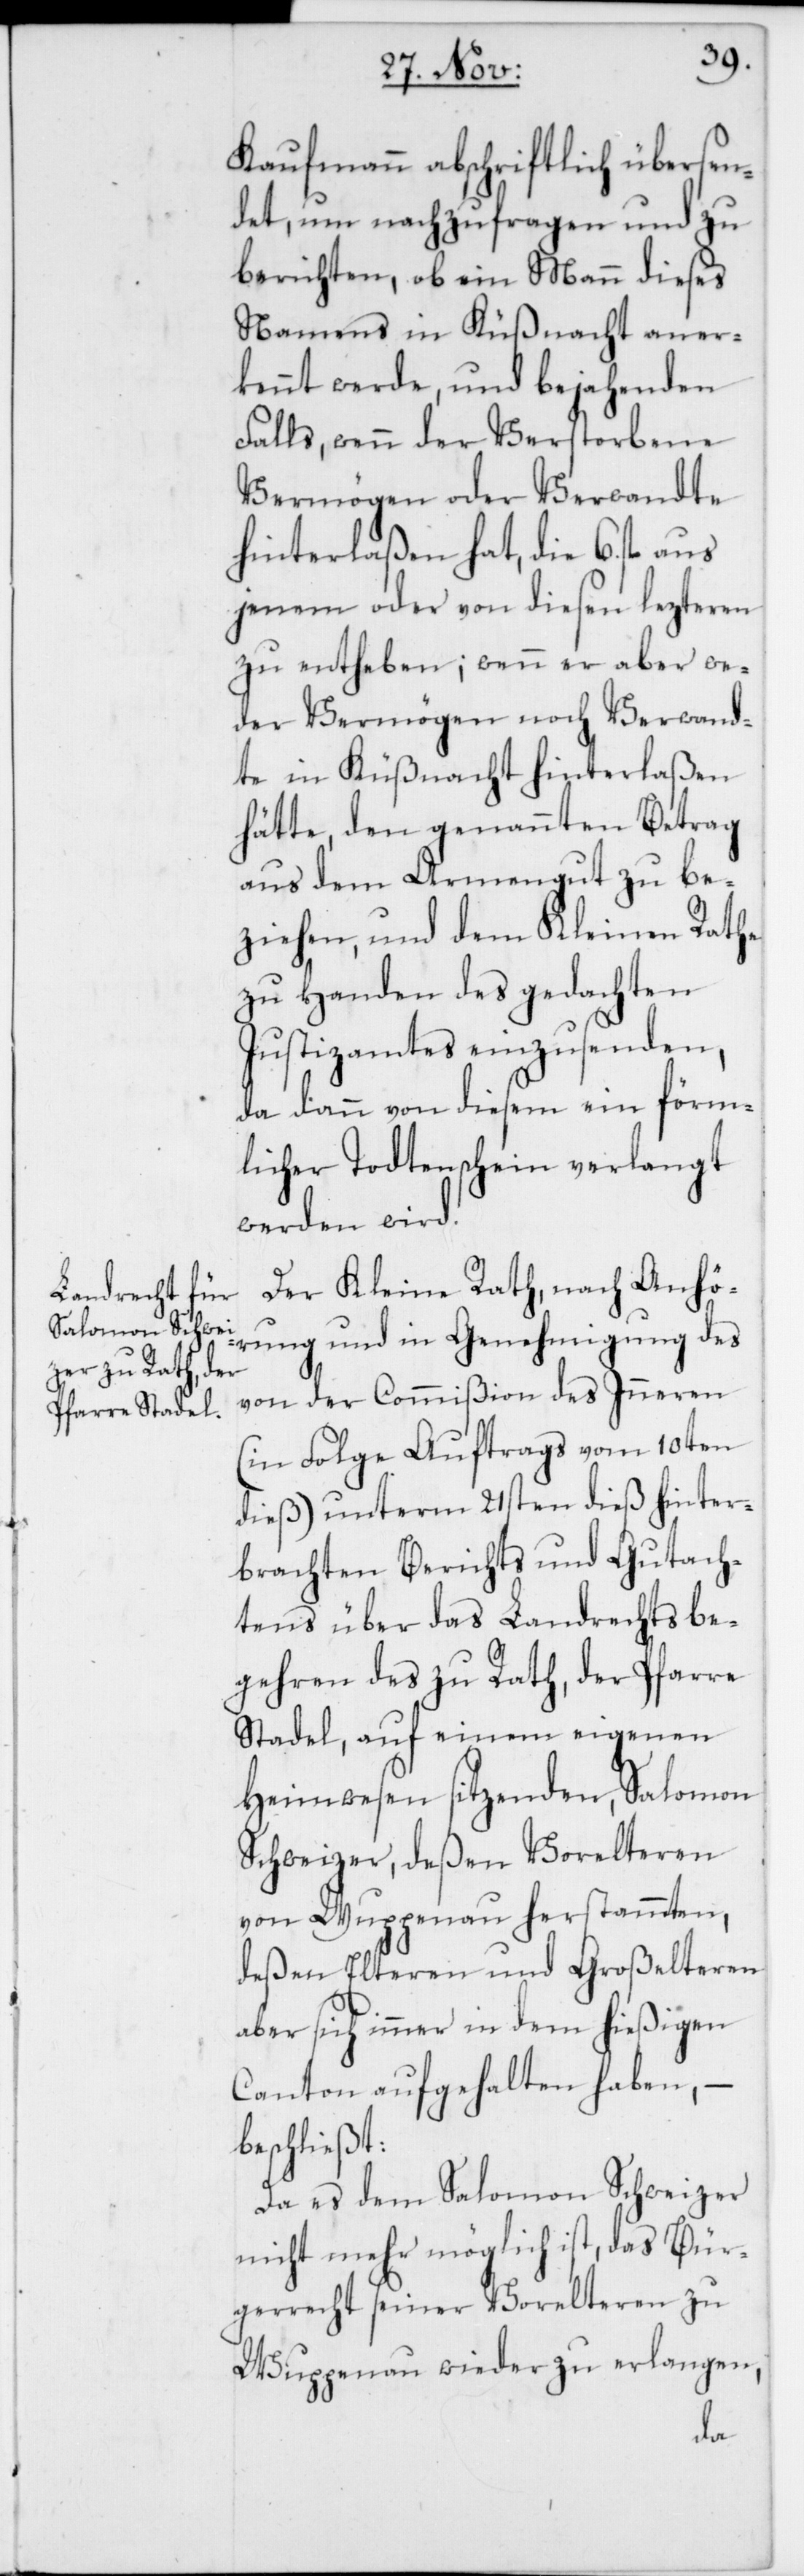
Kaufmann abschriftlich übersen¬
det, um nachzufragen und zu
berichten, ob ein Mann dieses
Namens in Küßnacht aner¬
kennt werde, und bejahenden
Falls, wenn der Verstorbene
Vermögen oder Verwandte
hinterlaßen hat, die 6. fl.
jenem oder von diesen lezteren
zu entheben; wenn er aber we¬
der Vermögen noch Verwand¬
te in Küßnacht hinterlaßen
hätte, den genannten Betrag
aus dem Armengut zu be¬
ziehen, und dem Kleinen Rathe
zu Handen des gedachten
Justizamtes einzusenden,
da dann von diesem ein förm¬
licher Todtenschein verlangt
werden wird.
Der Kleine Rath, nach Anhö¬
rung und in Genehmigung des
von der Commißion des Inneren
(in Folge Auftrags vom 10ten
dieß) unterm 21sten dieß hinter¬
brachten Berichts und Gutach¬
tens über das Landrechtsbe¬
gehren des zu Rath, der Pfarre
Stadel, auf einem eigenen
Heimwesen sitzenden Salomon
Schweizer, deßen Vorelteren
von Wuppenau herstammten,
deßen Elteren und Großelteren
aber sich immer in dem hießigen
Canton aufgehalten haben, –
beschließt:
Da es dem Salomon Schweizer
nicht mehr möglich ist, das Bür¬
gerrecht seiner Vorelteren zu
Wuppenau wieder zu erlangen,